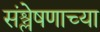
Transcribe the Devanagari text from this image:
संश्लेषणाच्या